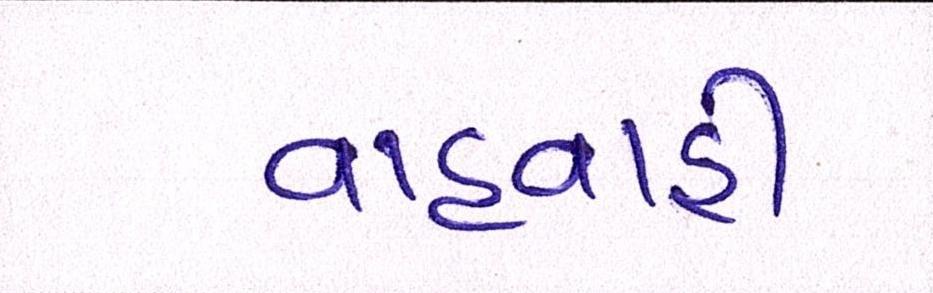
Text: વાહવાહી